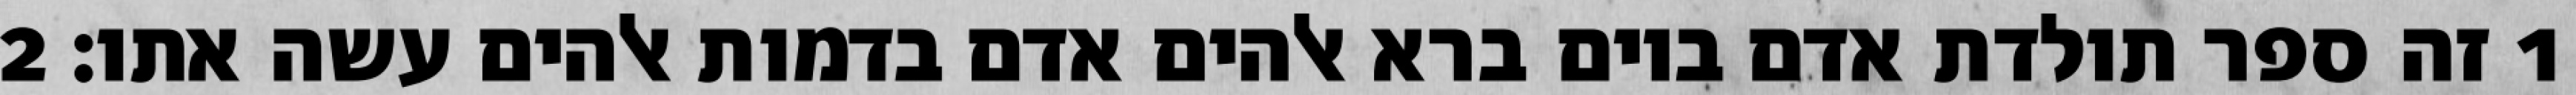
1 זה ספר תולדת אדם ביום ברא אלהים אדם בדמות אלהים עשה אתו׃ ‎2‏